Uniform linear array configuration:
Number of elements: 48
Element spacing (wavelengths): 1
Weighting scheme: uniform
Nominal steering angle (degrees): -15
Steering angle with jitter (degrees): -14.795
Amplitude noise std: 0.05
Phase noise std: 0.05

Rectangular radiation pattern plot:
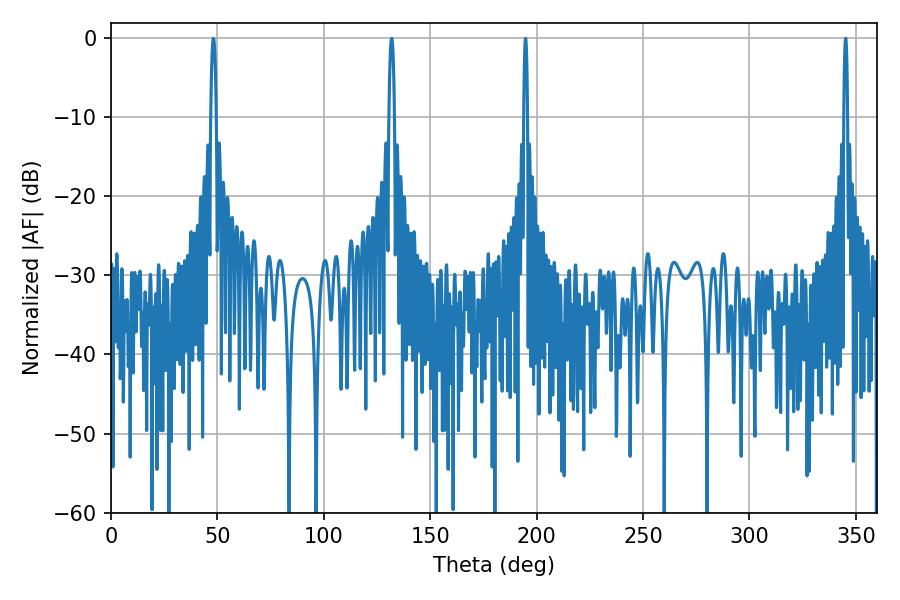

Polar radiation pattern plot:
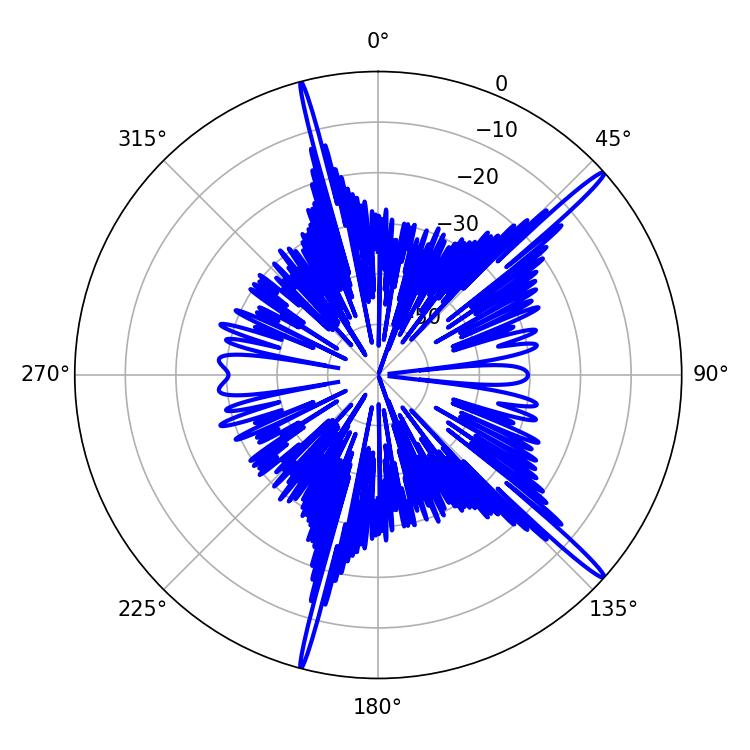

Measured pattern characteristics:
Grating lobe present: TRUE
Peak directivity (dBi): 17.57
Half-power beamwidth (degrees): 0.9
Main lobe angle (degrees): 194.76